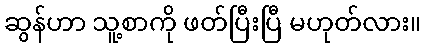
ဆွန်ဟာ သူ့စာကို ဖတ်ပြီးပြီ မဟုတ်လား။